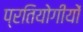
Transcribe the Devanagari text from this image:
प्रतियोगीयों